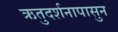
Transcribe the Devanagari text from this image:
ऋतुदर्शनापासुन